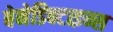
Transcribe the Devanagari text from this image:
बेनेडिक्टाइन्स